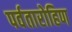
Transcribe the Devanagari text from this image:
पर्वतारोहिण